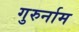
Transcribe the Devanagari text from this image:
गुरुर्नाम